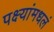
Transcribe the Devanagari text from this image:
पक्ष्यांमधलं